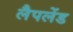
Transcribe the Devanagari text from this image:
लैपलेंड